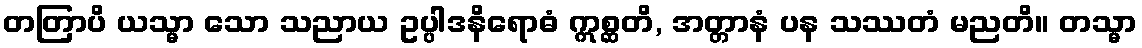
တတြာပိ ယသ္မာ သော သညာယ ဥပ္ပါဒနိရောဓံ ဣစ္ဆတိ, အတ္တာနံ ပန သဿတံ မညတိ။ တသ္မာ